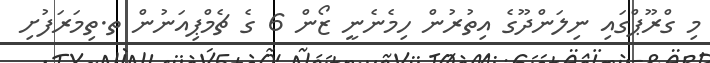
މި ގްރޫޕްގައި ނިލަންދޫގެ އިތުރުން ހިމެނެނީ ޒޯން 6 ގެ ޗެމްޕިއަނުން ތ.ތިމަރަފުށި